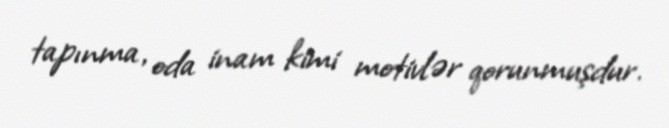
tapınma, oda inam kimi motivlər qorunmuşdur.